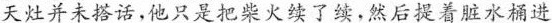
天灶并未搭话,他只是把柴火续了续，然后提着脏水桶进